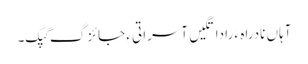
آہاں نادراہ ءَ را داتگیں آسراتی ءِ جائزگ گپگ۔